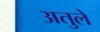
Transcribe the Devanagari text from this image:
अतुले